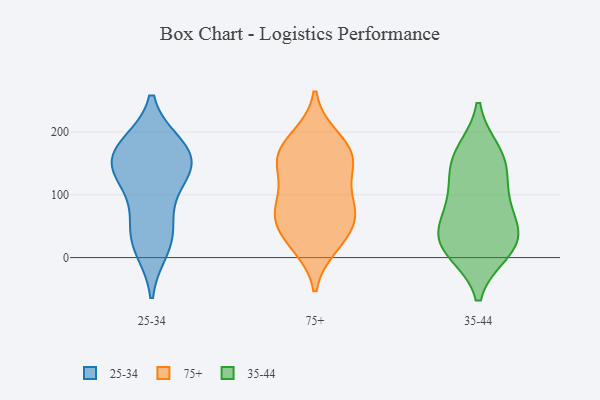
{"axis": {"x": "Net Income (USD K)", "y": "Value"}, "legend": ["25-34", "35-44", "75+"], "data": [{"x": "", "y": 144, "type": "25-34"}, {"x": "", "y": 177, "type": "25-34"}, {"x": "", "y": 34, "type": "25-34"}, {"x": "", "y": 168, "type": "25-34"}, {"x": "", "y": 140, "type": "25-34"}, {"x": "", "y": 104, "type": "25-34"}, {"x": "", "y": 17, "type": "25-34"}, {"x": "", "y": 46, "type": "25-34"}, {"x": "", "y": 146, "type": "25-34"}, {"x": "", "y": 172, "type": "25-34"}, {"x": "", "y": 155, "type": "75+"}, {"x": "", "y": 48, "type": "75+"}, {"x": "", "y": 76, "type": "75+"}, {"x": "", "y": 99, "type": "75+"}, {"x": "", "y": 159, "type": "75+"}, {"x": "", "y": 162, "type": "75+"}, {"x": "", "y": 19, "type": "75+"}, {"x": "", "y": 143, "type": "75+"}, {"x": "", "y": 87, "type": "75+"}, {"x": "", "y": 149, "type": "75+"}, {"x": "", "y": 188, "type": "75+"}, {"x": "", "y": 83, "type": "75+"}, {"x": "", "y": 18, "type": "75+"}, {"x": "", "y": 54, "type": "75+"}, {"x": "", "y": 54, "type": "75+"}, {"x": "", "y": 193, "type": "75+"}, {"x": "", "y": 94, "type": "35-44"}, {"x": "", "y": 29, "type": "35-44"}, {"x": "", "y": 12, "type": "35-44"}, {"x": "", "y": 154, "type": "35-44"}, {"x": "", "y": 32, "type": "35-44"}, {"x": "", "y": 92, "type": "35-44"}, {"x": "", "y": 166, "type": "35-44"}, {"x": "", "y": 47, "type": "35-44"}, {"x": "", "y": 17, "type": "35-44"}, {"x": "", "y": 148, "type": "35-44"}]}